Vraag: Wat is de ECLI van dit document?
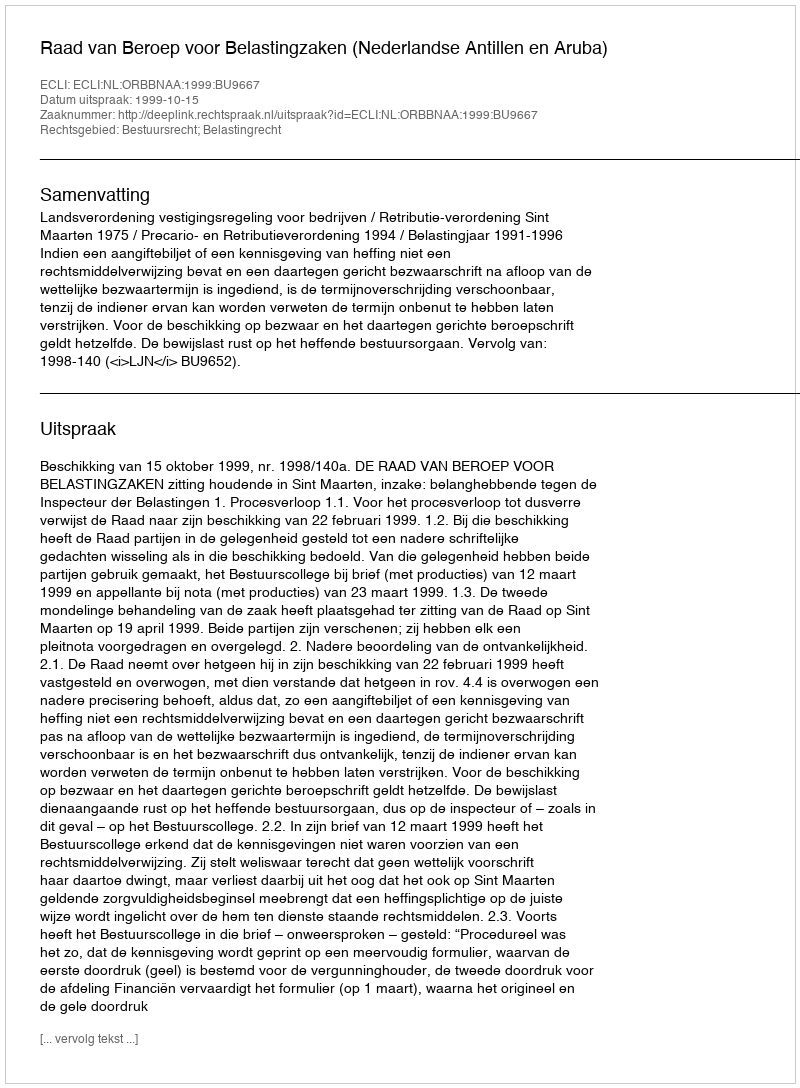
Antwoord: ECLI:NL:ORBBNAA:1999:BU9667